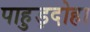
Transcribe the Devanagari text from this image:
पाहुड़दोहा